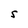
Character: S